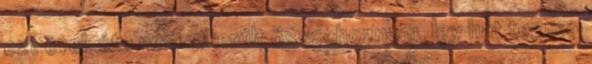
ezt évek óta nem sikerült összehoznom. Így hát tegnap